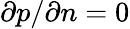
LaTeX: \partial p/\partial n=0